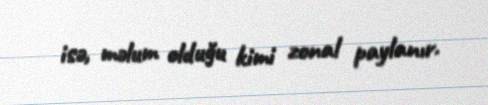
isə, məlum olduğu kimi zonal paylanır.